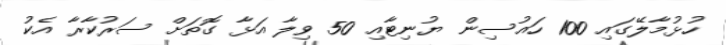
ހުޅުމާލޭގައި 100 ހައުސިން ޔުނިޓާއި 50 ވިލާ އަޅާ ގޮތަށް ސަރުކާރާ އެކު